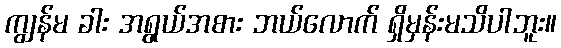
ကျွန်မ ခါး အရွယ်အစား ဘယ်လောက် ရှိမှန်းမသိပါဘူး။